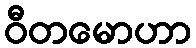
ဝီတမောဟာ